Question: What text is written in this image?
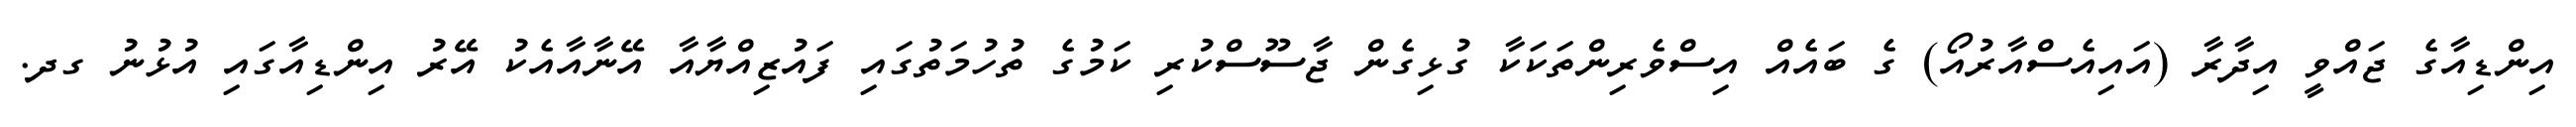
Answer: އިންޑިއާގެ ޖައްވީ އިދާރާ (އައިއެސްއާރުއޯ) ގެ ބައެއް އިސްވެރިންތަކަކާ ގުޅިގެން ޖާސޫސްކުރި ކަމުގެ ތުހުމަތުގައި ފައުޒިއްޔާއާ އޭނާއާއެކު އޭރު އިންޑިއާގައި އުޅުނު ގދ.